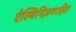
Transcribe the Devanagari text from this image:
ऐल्बिनिज़मरहित